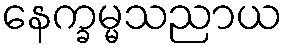
နေက္ခမ္မသညာယ